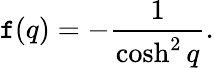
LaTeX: \mathtt{f}(q)=-\frac{{1}}{{\cosh^{2}q}}.